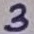
Text: 3